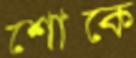
শোকে